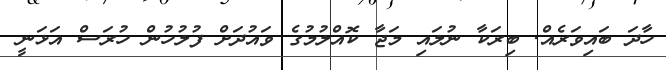
ހާދަ ބައިވަރެއް. ބިރަކާ ނުލައި މަޖާ ކޮއްލުމުގެ ވައުދަށް ފުލުހުން ހުރަސް އަޅަނީ